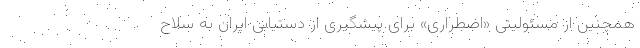
همچنین از مسئولیتی «اضطراری» برای پیشگیری از دستیابی ایران به سلاح